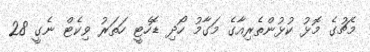
މެޗުގެ މޮޅު ކުޅުންތެރިއާގެ މަގާމު ހޯދި ޑޮހެޓީ ހަތަރު ވިކެޓް ނެގީ 28